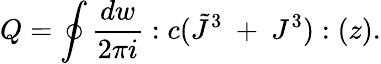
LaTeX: Q=\oint{\frac{dw}{2\pi i}}:c(\tilde{J}^{3}~+~J^{3}):(z).